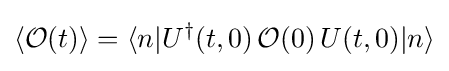
{\begin{aligned}\langle {\mathcal {O}}(t)\rangle &=\langle n|{U}^{\dagger }(t,0)\,{\mathcal {O}}(0)\,U(t,0)|n\rangle \\\end{aligned}}